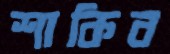
শাকিব